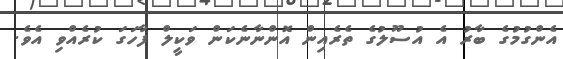
އެންގުމުގެ ބާރު އެ އުސޫލުގެ ތެރެއިން އޮންނާނެކަން ވަކީލް ފާހަގަ ކުރެއްވި އެވެ.